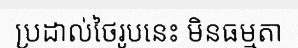
ប្រដាល់ថៃរូបនេះ មិនធម្មតា